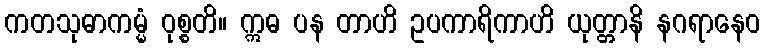
ကတသုဓာကမ္မံ ဝုစ္စတိ။ ဣဓ ပန တာဟိ ဥပကာရိကာဟိ ယုတ္တာနိ နဂရာနေဝ